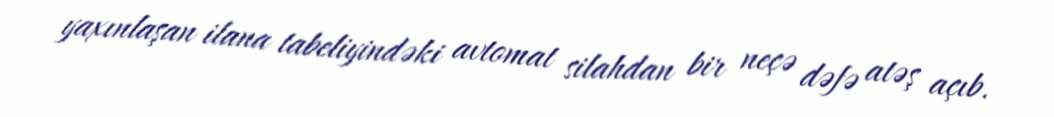
yaxınlaşan ilana tabeliyindəki avtomat silahdan bir neçə dəfə atəş açıb.